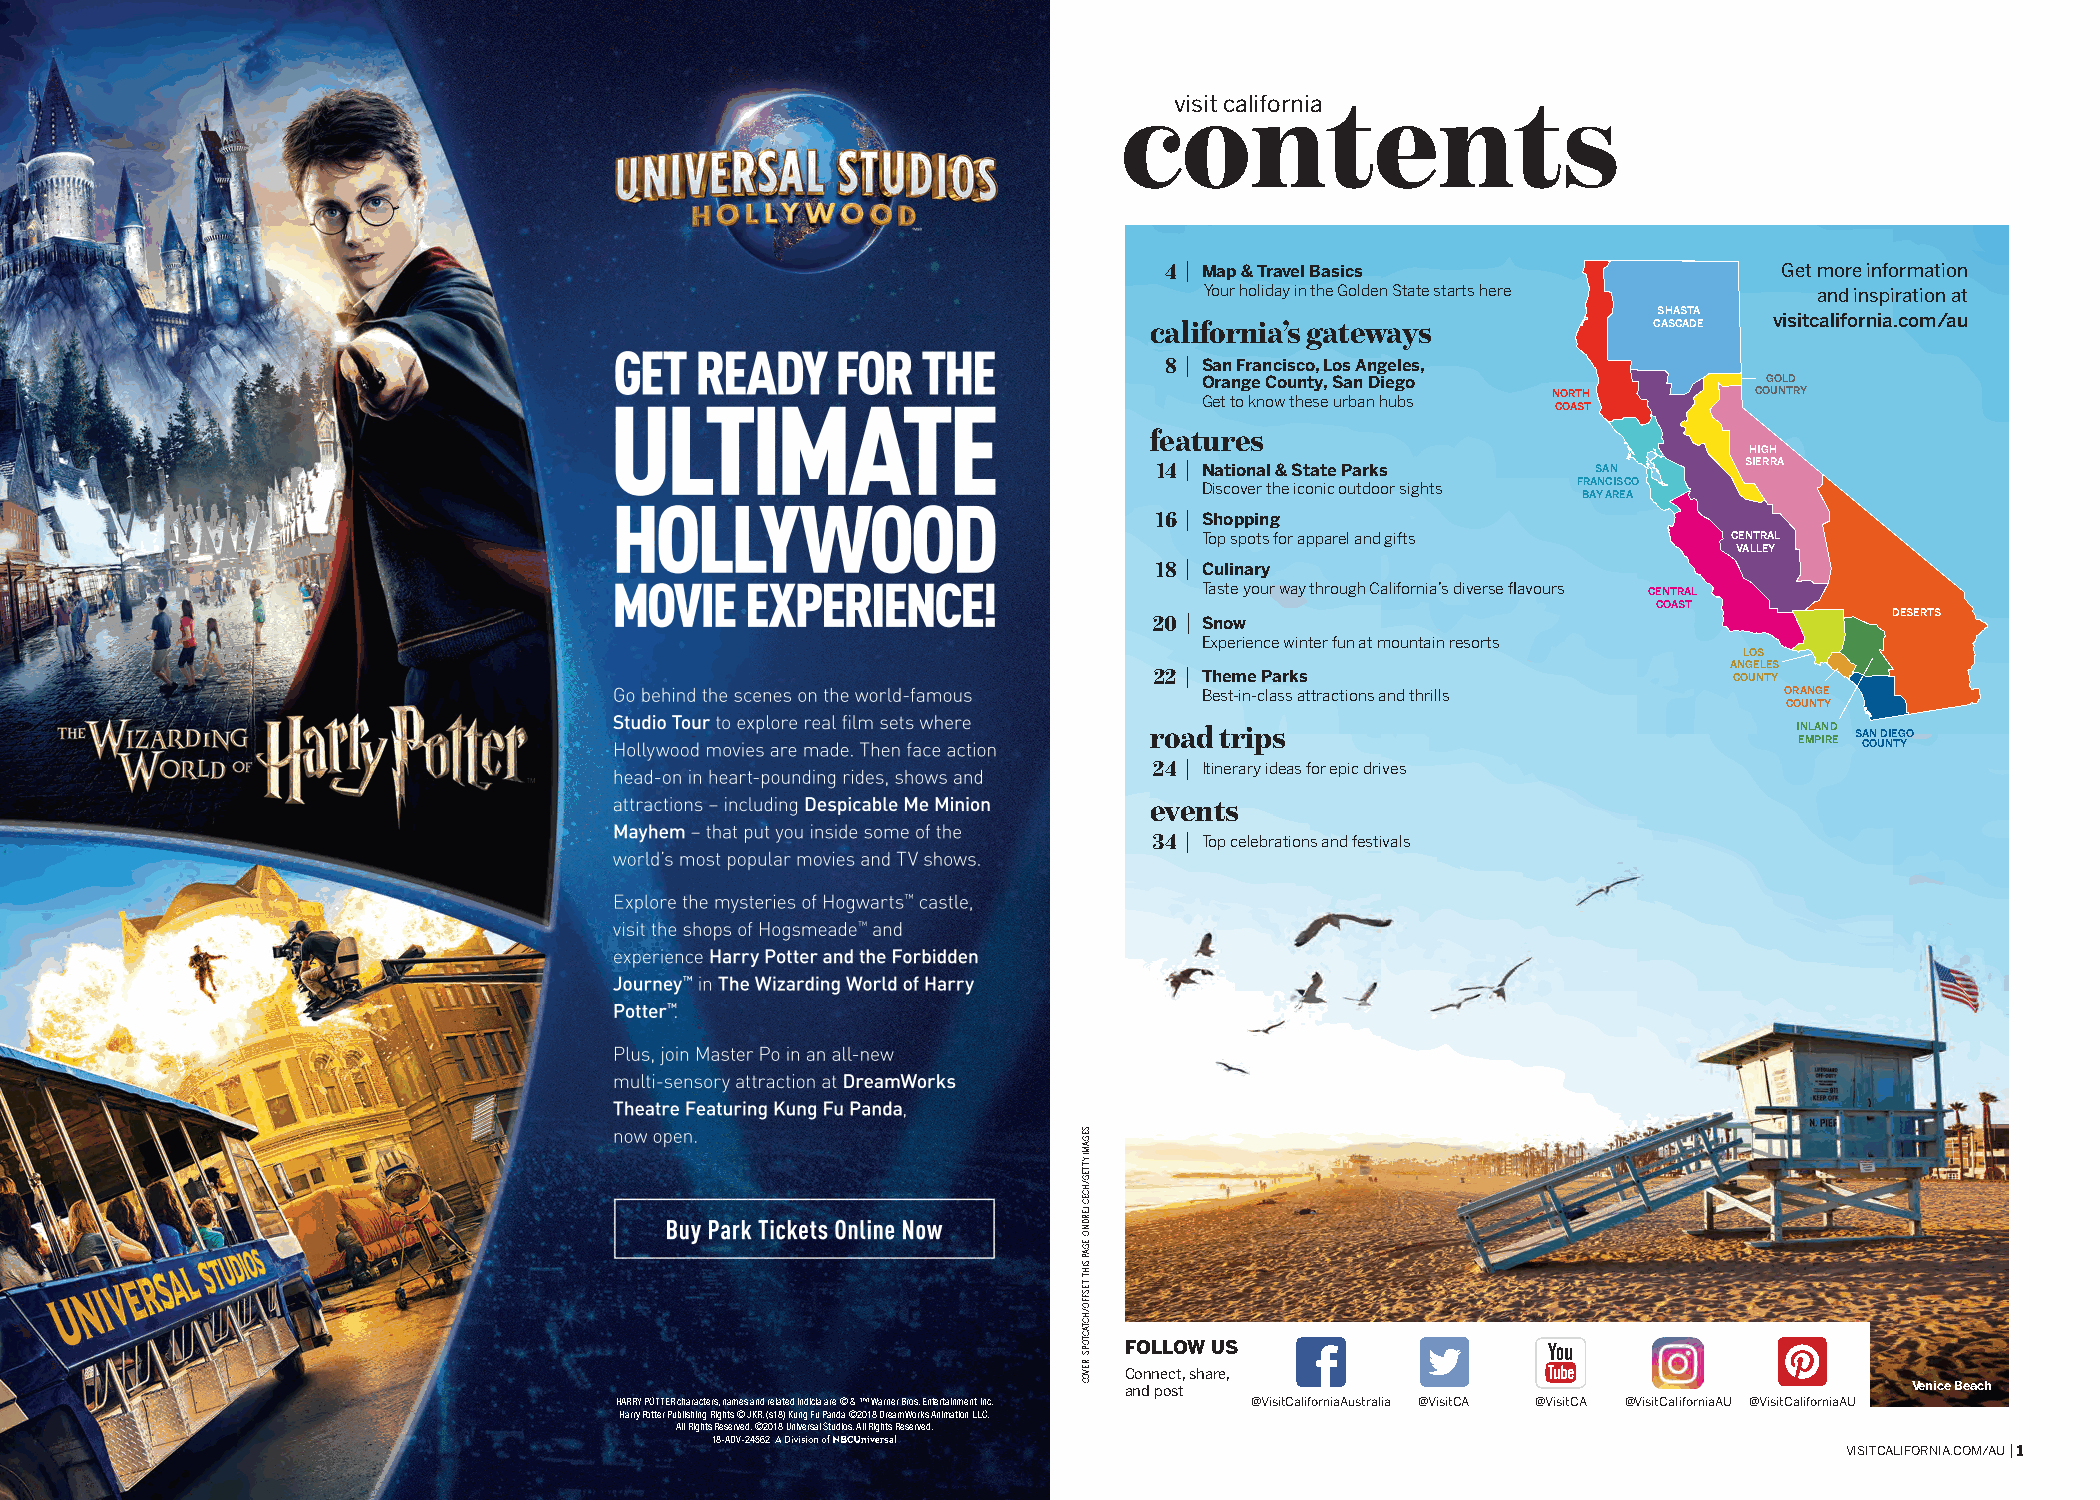
HARRY POTTER characters, names and related indicia are © & ™ Warner Bros. Entertainment Inc. Harry
 Potter Publishing Rights © JKR. (s18) Kung Fu Panda ©2018 DreamWorks Animation LLC. All Rights
 Reserved. ©2018 Universal Studios. All Rights Reserved. 18-ADV-24562
 contents
 visit california
 4  M ap & Travel Basics                  Get more information
 Your holiday in the Golden State starts here and inspiration at
 SHASTA
 california’s gateways            CASCADE visitcalifornia.com/au
 8  S an Francisco, Los Angeles,
 Orange County, San Diego             GOLD
 Get to know these urban hubs NORTH  COUNTRY
 COAST
 features
 HIGH
 14 N ational & State Parks   SAN       SIERRA
 Discover the iconic outdoor sights FRANCISCO
 BAY AREA
 16 S hopping
 Top spots for apparel and gifts    CENTRAL
 VALLEY
 18 C ulinary
 Taste your way through California’s diverse flavours CENTRAL
 COAST
 20  Snow                                         DESERTS
 Experience winter fun at mountain resorts
 LOS
 22  T heme Parks
 A CN OG UE NL TE YS
 Best-in-class attractions and thrills ORANGE
 COUNTY
 road trips                                 INLAND
 EMPIRE SA CN O UD NIE TG YO
 24  Itinerary ideas for epic drives
 events
 34  Top celebrations and festivals
 FOLLOW US
 Connect, share,
 and post                                             Venice Beach
 HARRY POTTER characters, names and related indicia are © & ™ Warner Bros. Entertainment Inc. @VisitCaliforniaAustralia @VisitCA @VisitCA @VisitCaliforniaAU @VisitCaliforniaAU
 Harry Potter Publishing Rights © JKR. (s18) Kung Fu Panda ©2018 DreamWorks Animation LLC.
 All Rights Reserved. ©2018 Universal Studios. All Rights Reserved.
 18-ADV-24562
 VISITCALIFORNIA.COM/AU | 1
 SEGAMI
 YTTEG/HCEC
 JERDNO
 :EGAP
 SIHT
 ;TESFFO/HCTACTOPS
 :REVOC